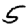
Digit: 5